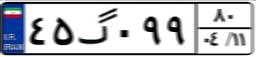
۴۵گ۰۹۹۸۰